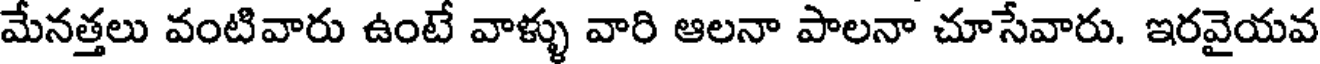
మేనత్తలు వంటివారు ఉంటే వాళ్ళు వారి ఆలనా పాలనా చూసేవారు. ఇరవైయవ